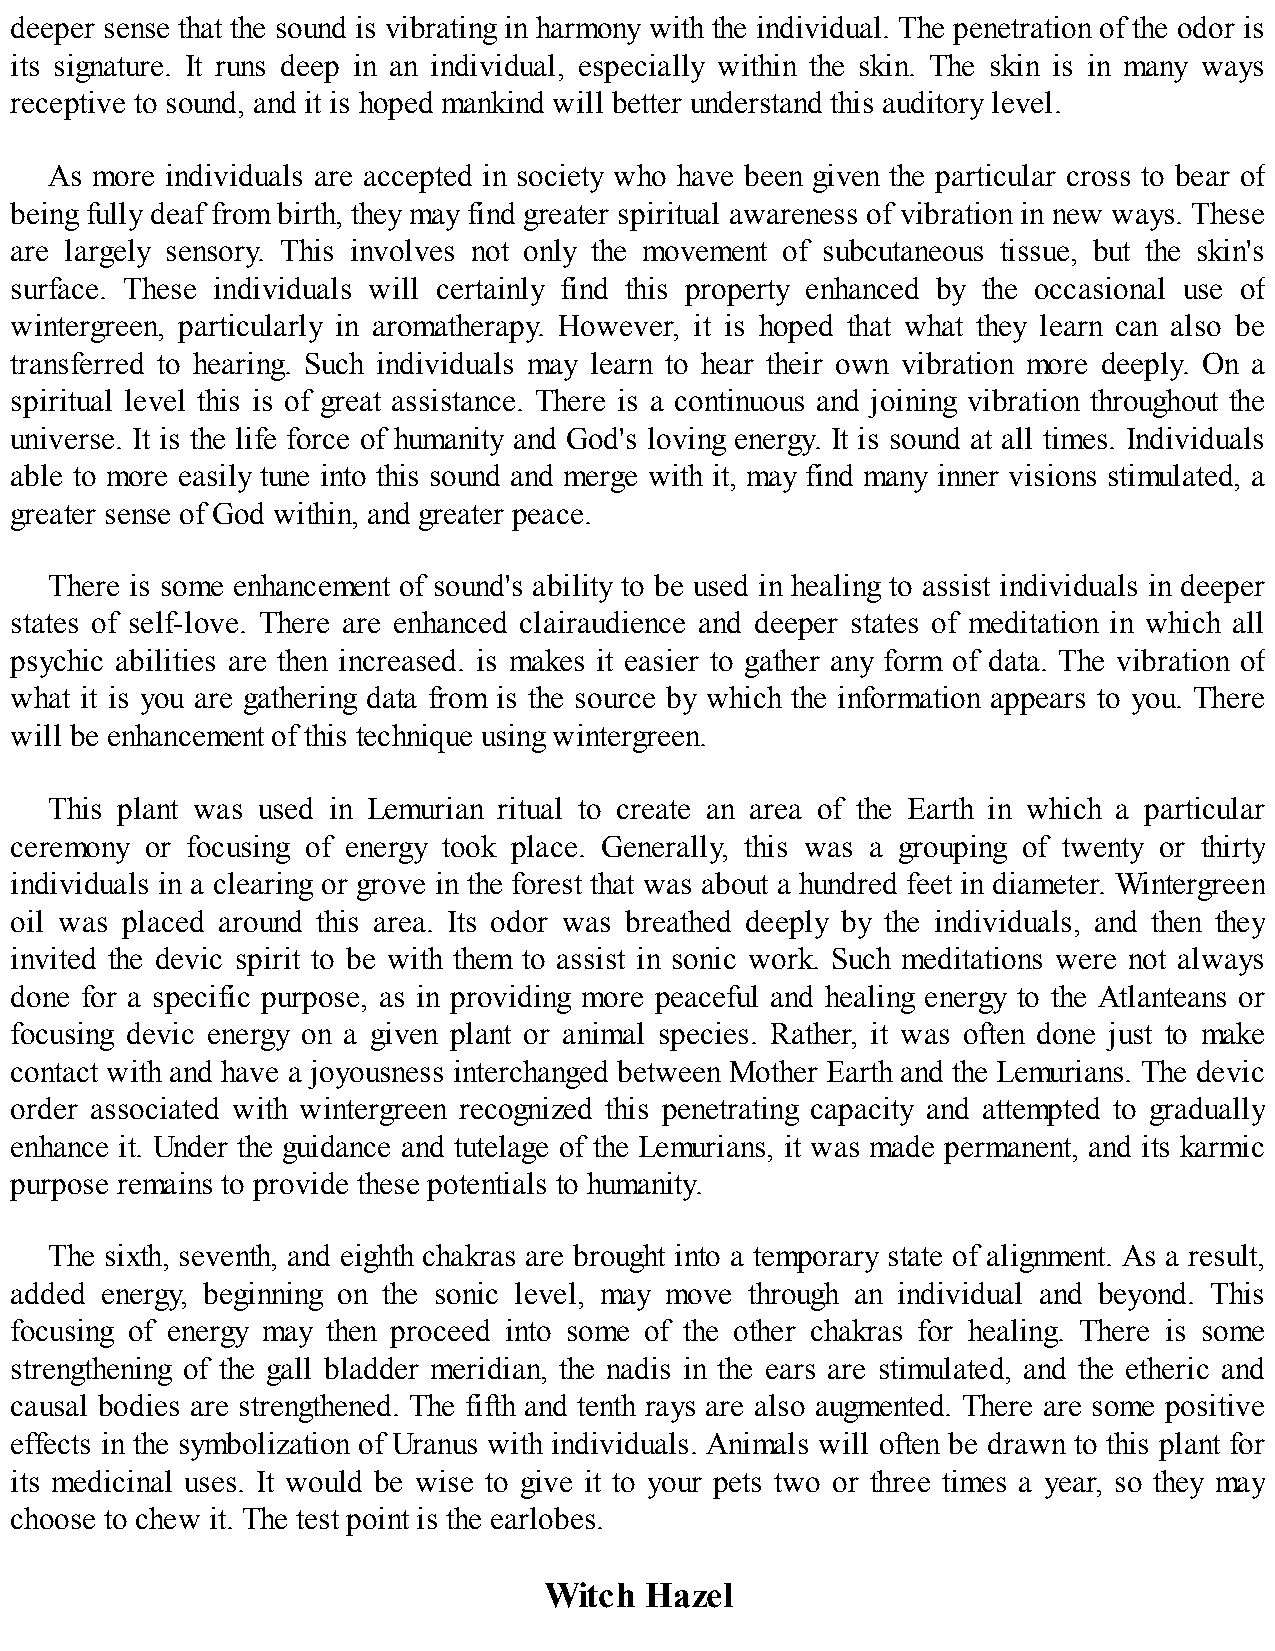
deeper sense that the sound is vibrating in harmony with the individual. The penetration of the odor is
 its signature. It runs deep in an individual, especially within the skin. The skin is in many ways
 receptive to sound, and it is hoped mankind will better understand this auditory level.
 As more individuals are accepted in society who have been given the particular cross to bear of
 being fully deaf from birth, they may find greater spiritual awareness of vibration in new ways. These
 are largely sensory. This involves not only the movement of subcutaneous tissue, but the skin's
 surface. These individuals will certainly find this property enhanced by the occasional use of
 wintergreen, particularly in aromatherapy. However, it is hoped that what they learn can also be
 transferred to hearing. Such individuals may learn to hear their own vibration more deeply. On a
 spiritual level this is of great assistance. There is a continuous and joining vibration throughout the
 universe. It is the life force of humanity and God's loving energy. It is sound at all times. Individuals
 able to more easily tune into this sound and merge with it, may find many inner visions stimulated, a
 greater sense of God within, and greater peace.
 There is some enhancement of sound's ability to be used in healing to assist individuals in deeper
 states of self-love. There are enhanced clairaudience and deeper states of meditation in which all
 psychic abilities are then increased. is makes it easier to gather any form of data. The vibration of
 what it is you are gathering data from is the source by which the information appears to you. There
 will be enhancement of this technique using wintergreen.
 This plant was used in Lemurian ritual to create an area of the Earth in which a particular
 ceremony or focusing of energy took place. Generally, this was a grouping of twenty or thirty
 individuals in a clearing or grove in the forest that was about a hundred feet in diameter. Wintergreen
 oil was placed around this area. Its odor was breathed deeply by the individuals, and then they
 invited the devic spirit to be with them to assist in sonic work. Such meditations were not always
 done for a specific purpose, as in providing more peaceful and healing energy to the Atlanteans or
 focusing devic energy on a given plant or animal species. Rather, it was often done just to make
 contact with and have a joyousness interchanged between Mother Earth and the Lemurians. The devic
 order associated with wintergreen recognized this penetrating capacity and attempted to gradually
 enhance it. Under the guidance and tutelage of the Lemurians, it was made permanent, and its karmic
 purpose remains to provide these potentials to humanity.
 The sixth, seventh, and eighth chakras are brought into a temporary state of alignment. As a result,
 added energy, beginning on the sonic level, may move through an individual and beyond. This
 focusing of energy may then proceed into some of the other chakras for healing. There is some
 strengthening of the gall bladder meridian, the nadis in the ears are stimulated, and the etheric and
 causal bodies are strengthened. The fifth and tenth rays are also augmented. There are some positive
 effects in the symbolization of Uranus with individuals. Animals will often be drawn to this plant for
 its medicinal uses. It would be wise to give it to your pets two or three times a year, so they may
 choose to chew it. The test point is the earlobes.
 Witch  Hazel